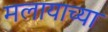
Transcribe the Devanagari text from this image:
मलायाच्या